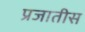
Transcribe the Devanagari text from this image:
प्रजातीस